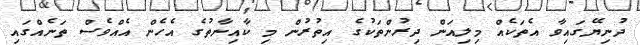
ދުނިޔޭގައިވާ އެތަކެއް މިލިއަން ދިރުންތަކުގެ އިތުރުން މި ކާއިނާތުގެ އެހެން އެއްވެސް ތަނެއްގައި